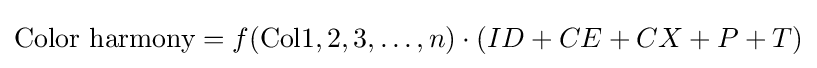
{\text{Color harmony}}=f({\text{Col}}1,2,3,\dots ,n)\cdot (ID+CE+CX+P+T)